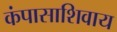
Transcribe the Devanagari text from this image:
कंपासाशिवाय